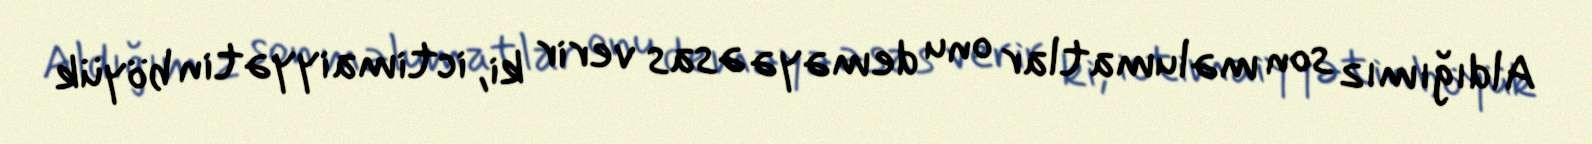
Aldığımız son məlumatlar onu deməyə əsas verir ki, ictimaiyyətin böyük